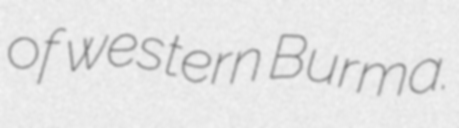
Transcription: of western Burma.